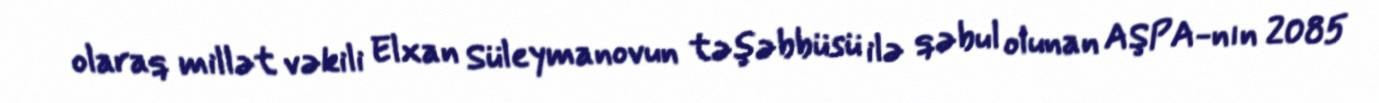
olaraq millət vəkili Elxan Süleymanovun təşəbbüsü ilə qəbul olunan AŞPA-nın 2085